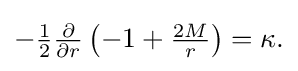
{\textstyle -{\frac {1}{2}}{\frac {\partial }{\partial r}}\left(-1+{\frac {2M}{r}}\right)=\kappa .}